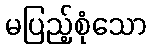
မပြည့်စုံသော